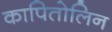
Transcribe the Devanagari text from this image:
कापितोलिन